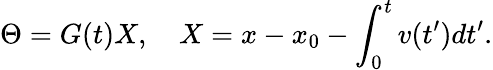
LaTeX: \Theta=G(t)X,~~~~X=x-x_{0}-\int_{0}^{t}v(t^{\prime})dt^{\prime}.